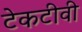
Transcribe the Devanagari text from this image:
टेकटीवी